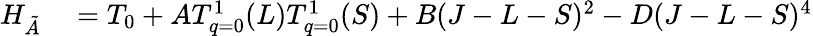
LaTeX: \begin{array}{rl}{H_{\tilde{A}}}&{{}=T_{0}+AT_{q=0}^{1}(L)T_{q=0}^{1}(S)+B(J-L-S)^{2}-D(J-L-S)^{4}}\end{array}